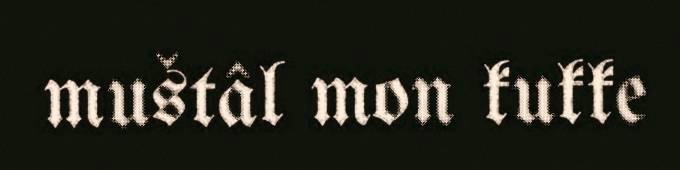
muštâl mon kukke